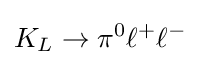
K_{L}\to \pi ^{0}\ell ^{+}\ell ^{-}